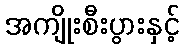
အကျိုးစီးပွားနှင့်